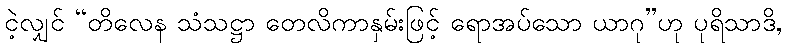
ငဲ့လျှင် “တိလေန သံသဋ္ဌာ တေလိကာနှမ်းဖြင့် ရောအပ်သော ယာဂု”ဟု ပုရိသာဒိ,